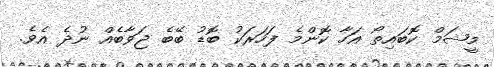
މީޝަމް ކޮބައިތޯ އަހާ ކޮންމެ ފަހަރަކު ބޮޑު ބޭބެ ޖަވާބެއް ނުދެ އެވެ.